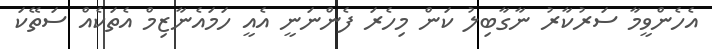
އެހެންވީމާ ސަރުކާރު ނާގާބިލު ކަން މިހެރަ ފެންނަނީ އެއީ ހަމައެނާޒިމް އެތަކެއް ސަތޭކަ